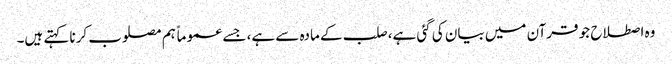
وہ اصطلاح جو قرآن میں بیان کی گئی ہے، صلب کے مادہ سے ہے، جسے عموماً ہم مصلوب کرنا کہتے ہیں۔